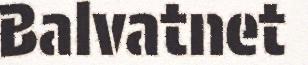
Balvatnet